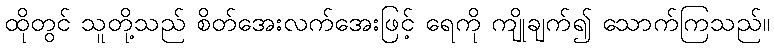
ထိုတွင် သူတို့သည် စိတ်အေးလက်အေးဖြင့် ရေကို ကျိုချက်၍ သောက်ကြသည်။